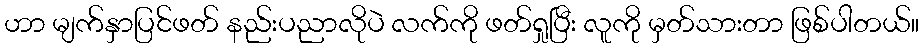
ဟာ မျက်နှာပြင်ဖတ် နည်းပညာလိုပဲ လက်ကို ဖတ်ရှုပြီး လူကို မှတ်သားတာ ဖြစ်ပါတယ်။